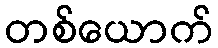
တစ်ယောက်